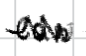
Text: can
Cross-out: mix
Writing tool: digital_black